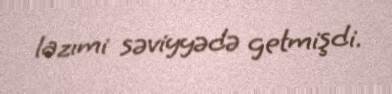
lazımi səviyyədə getmişdi.